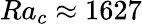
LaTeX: {Ra_{c}\approx 1627}